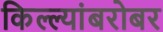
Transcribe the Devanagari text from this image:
किल्ल्यांबरोबर